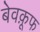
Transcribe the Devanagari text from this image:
बेवक़ूफ